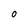
Character: 0